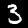
Label: 3